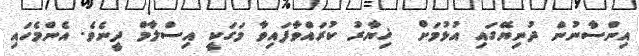
އިންސާނުން ދުނިޔޭގައި އުޅުމަށް  ޚިޔާރު ކުރައްވާފައިވާ މަގަކީ އިސްލާމް ދީނެވެ. އެންމެހައި